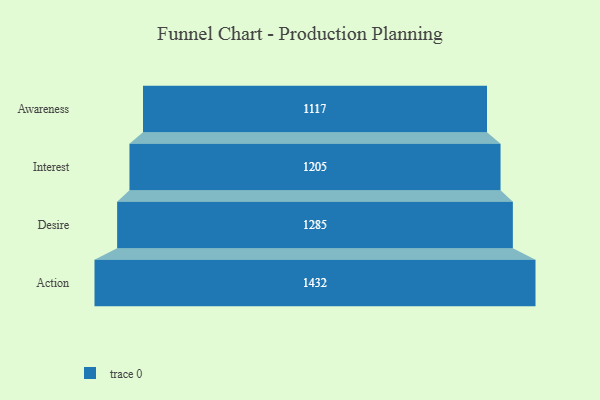
{"axis": {"x": "Stage", "y": "Value"}, "legend": [""], "data": [{"x": "Awareness", "y": 1117.0, "type": ""}, {"x": "Interest", "y": 1205.0, "type": ""}, {"x": "Desire", "y": 1285.0, "type": ""}, {"x": "Action", "y": 1432.0, "type": ""}]}